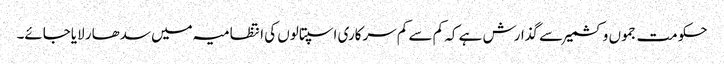
حکومت جموں وکشمیر سے گذارش ہے کہ کم سے کم سرکاری اسپتالوں کی انتظامیہ میں سدھار لایاجائے۔